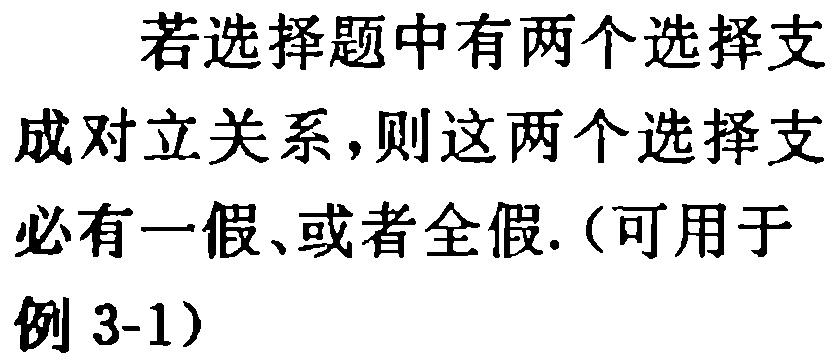
若选择题中有两个选择支成对立关系，则这两个选择支必有一假、或者全假.（可用于例 3-1）